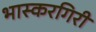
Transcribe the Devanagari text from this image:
भास्करगिरी